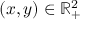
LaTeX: \textstyle ( x , y ) \in \mathbb { R } _ { + } ^ { 2 }